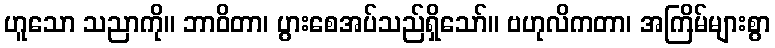
ဟူသော သညာကို။ ဘာဝိတာ၊ ပွားစေအပ်သည်ရှိသော်။ ဗဟုလိကတာ၊ အကြိမ်များစွာ